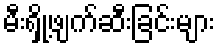
မီးရှို့ဖျက်ဆီးခြင်းများ